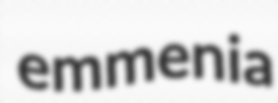
emmenia